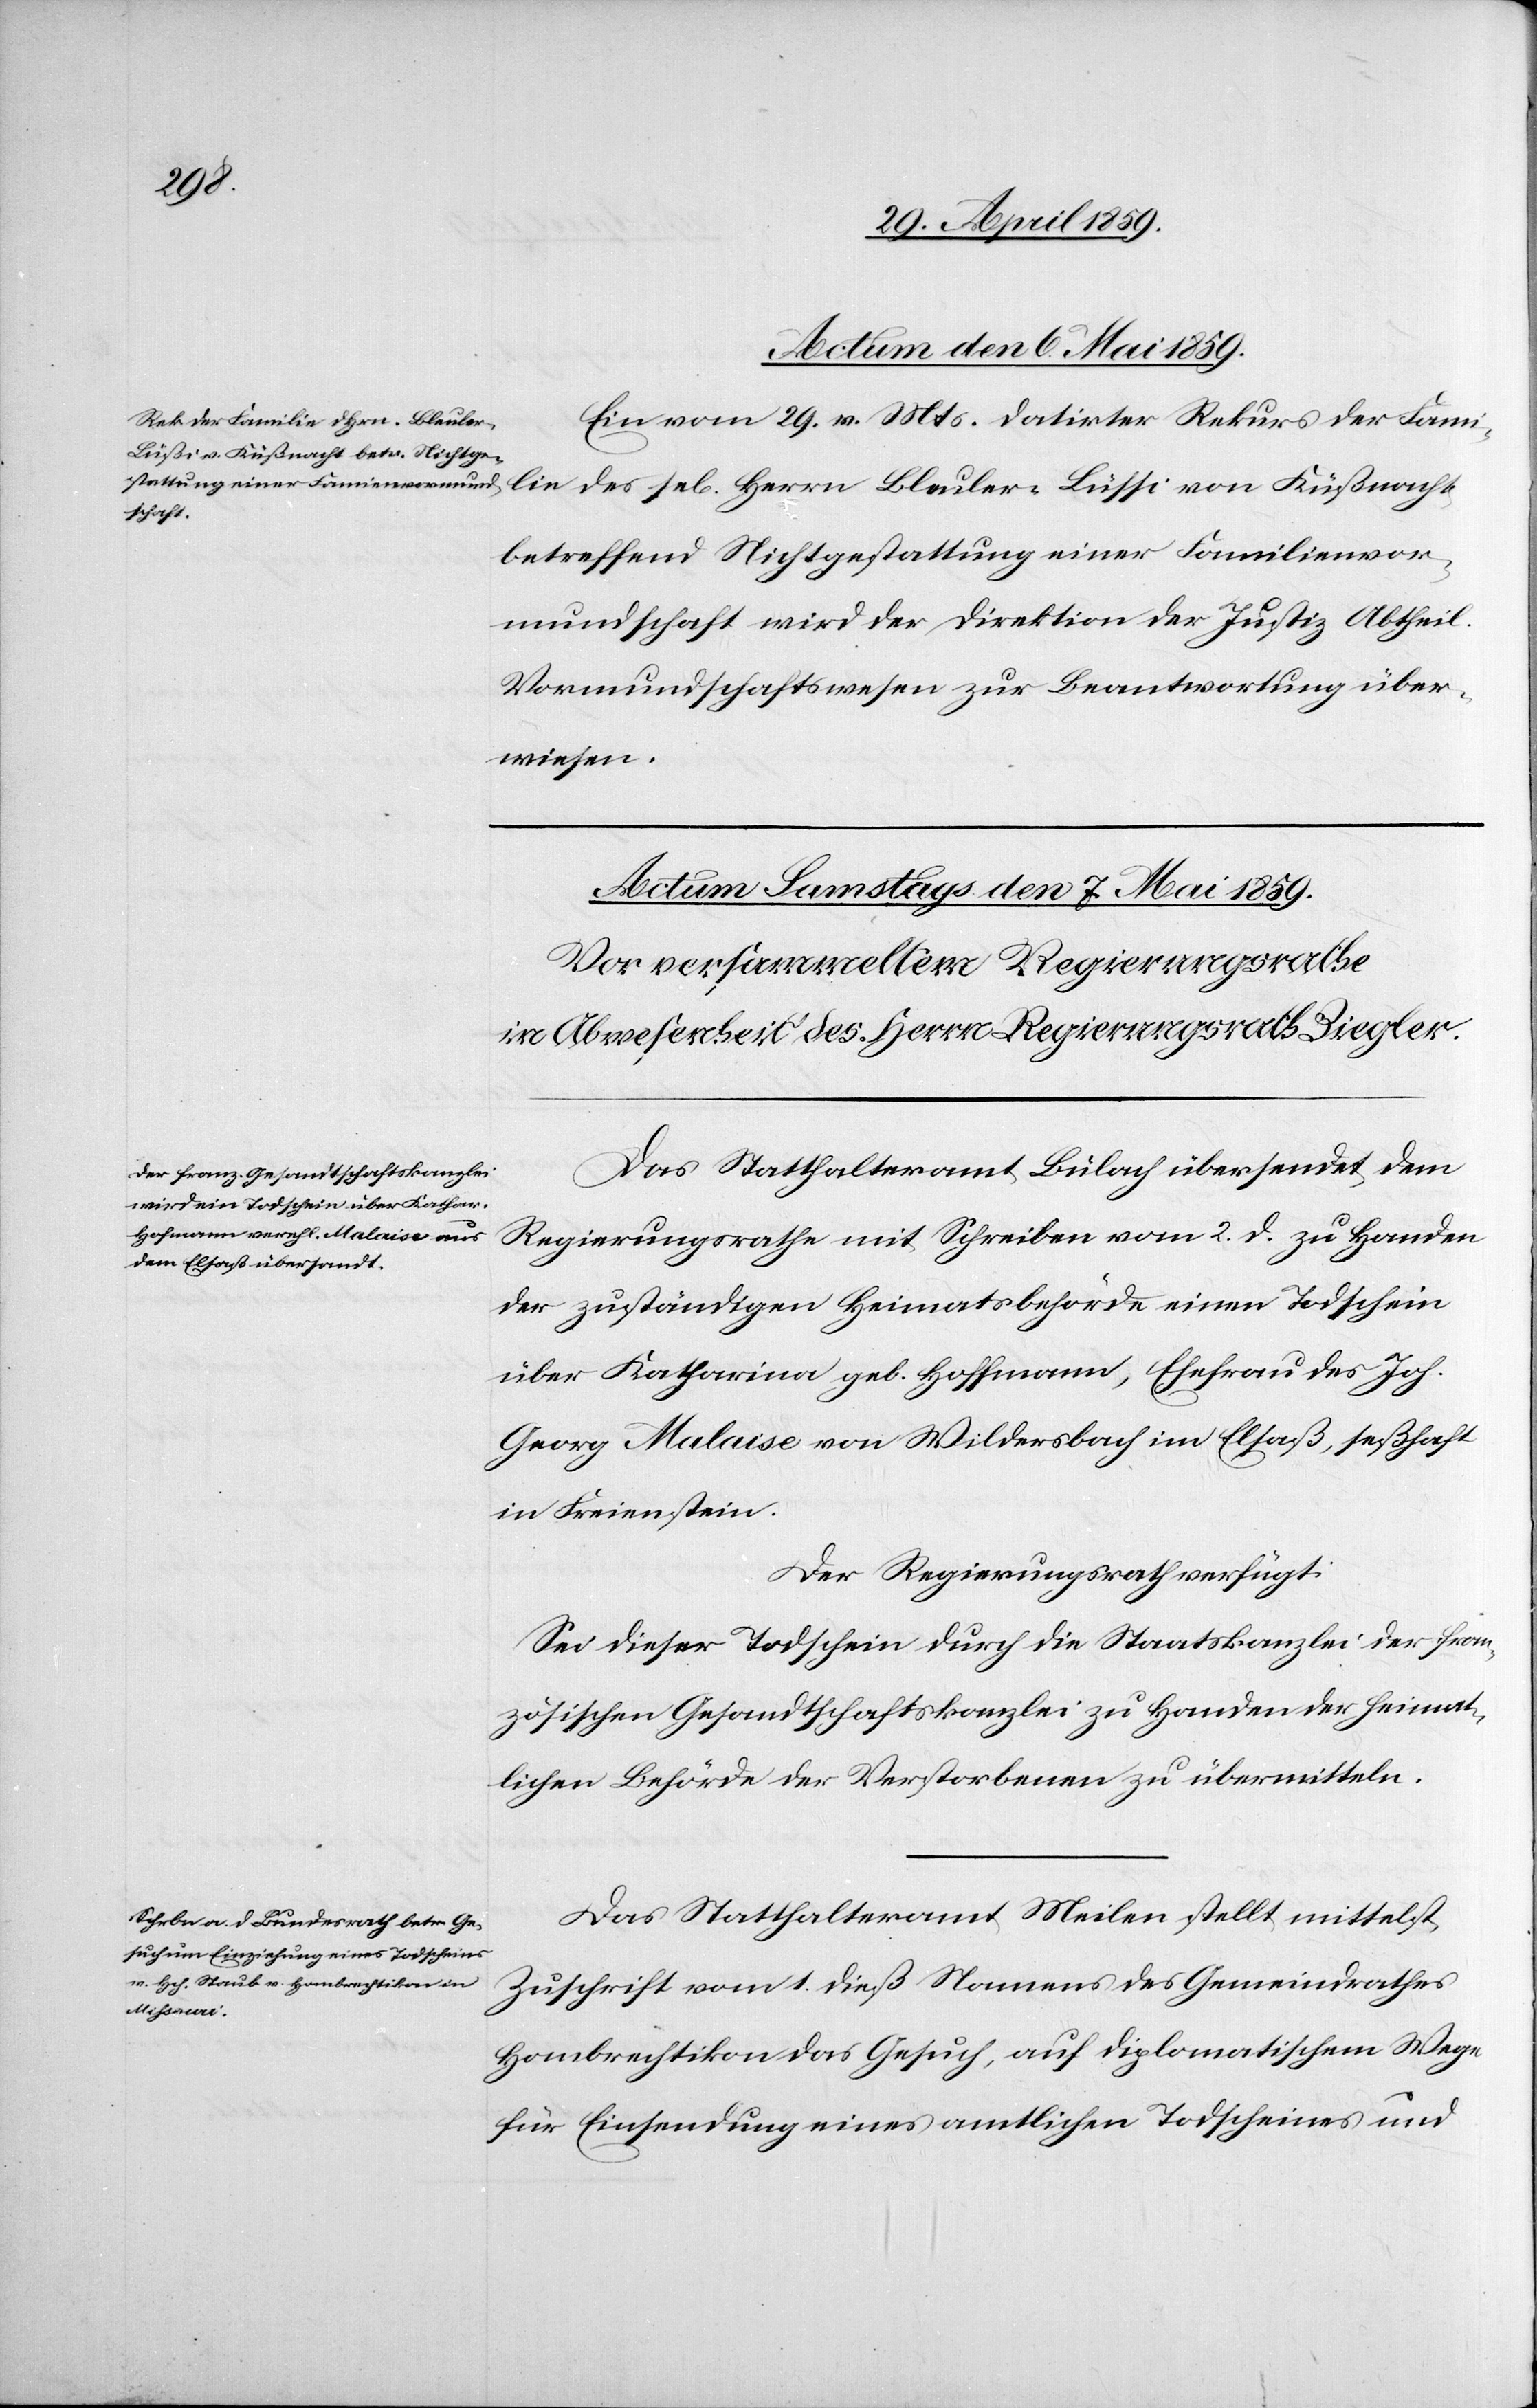
Actum den 6. Mai 1859.
Ein vom 29. v. Mts. datirter Rekurs der Fami¬
lie des sel. Herrn Bleuler-Lüssi von Küßnacht
betreffend Nichtgestattung einer Familienvor¬
mundschaft wird der Direktion der Justiz Abtheil.
Vormundschaftswesen zur Beantwortung über¬
wiesen.
Das Statthalteramt Bülach übersendet dem
Regierungsrathe mit Schreiben vom 2. d. zu Handen
der zuständigen Heimatsbehörde einen Todschein
über Katharina geb Hoffmann [sic!], Ehefrau des Joh.
Georg Malaise von Wildersbach im Elsaß, seßhaft
in Freienstein.
Der Regierungsrath verfügt:
Sei dieser Todschein durch die Staatskanzlei der fran¬
zösischen Gesandtschaftskanzlei zu Handen der heimat¬
lichen Behörde der Verstorbenen zu übermitteln.
Das Statthalteramt Meilen stellt mittelst
Zuschrift vom 1. dieß Namens des Gemeindrathes
Hombrechtikon das Gesuch, auf diplomatischem Wege
für Einsendung eines amtlichen Todscheines und